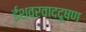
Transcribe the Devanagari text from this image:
ईश्वरवाददूषण